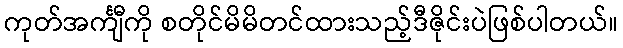
ကုတ်အင်္ကျီကို စတိုင်မိမိတင်ထားသည့်ဒီဇိုင်းပဲဖြစ်ပါတယ်။